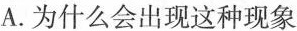
A.为什么会出现这种现象